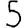
Digit: 5